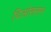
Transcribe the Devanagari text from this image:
दिओससन